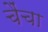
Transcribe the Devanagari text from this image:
चैंचा